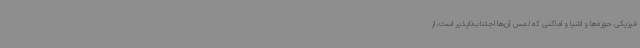
فیزیکی حوزه‌ها و اشیا و اماکنی که لمس آن‌ها اجتناب‌ناپذیر است، از